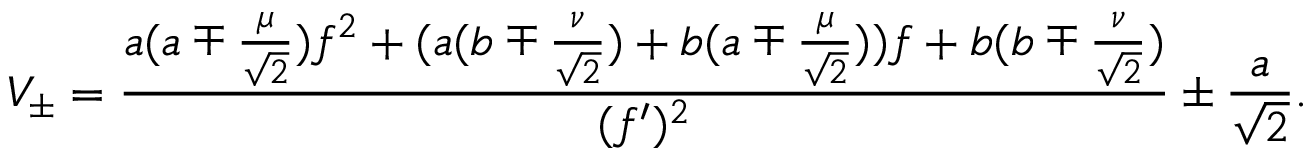
V _ { \pm } = \frac { a ( a \mp \frac { \mu } { \sqrt { 2 } } ) f ^ { 2 } + ( a ( b \mp \frac { \nu } { \sqrt { 2 } } ) + b ( a \mp \frac { \mu } { \sqrt { 2 } } ) ) f + b ( b \mp \frac { \nu } { \sqrt { 2 } } ) } { ( f ^ { \prime } ) ^ { 2 } } \pm \frac { a } { \sqrt { 2 } } .